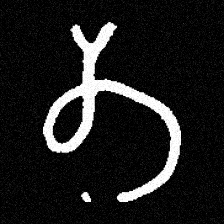
Pyu character \u2014 Myanmar letter: တ (romanized: ta)